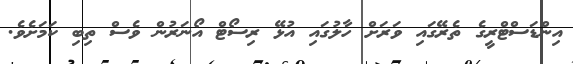
އިންޑަސްޓްރީގެ ތެރޭގައި ވަރަށް ހާލުގައި އުޅޭ ރިސޯޓް އޯނަރުން ވެސް ތިބި ކަމަށެވެ.